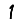
Digit: 1